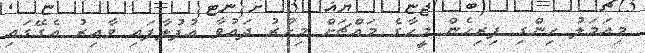
މިއަމަލު ހިންގި ފިރިހެން މީހާގެ މައްޗަށް މިހާރު ދައުވާ އުފުލާފައި ވާއިރު އެގޭގައި